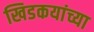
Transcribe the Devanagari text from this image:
खिडकयांच्या